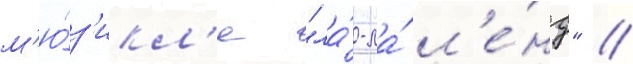
м'ю́з'икл'е "ла́-ла́ л'е́нд" //